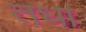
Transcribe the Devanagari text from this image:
तधा